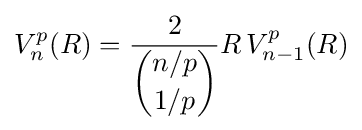
V_{n}^{p}(R)={\frac {2}{\dbinom {n/p}{1/p}}}R\,V_{n-1}^{p}(R)